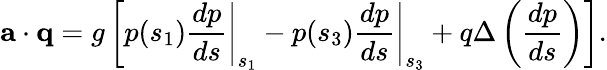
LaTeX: {\mathbf a}\cdot{\mathbf q}=g\left[p(s_{1})\left.\frac{dp}{ds}\right|_{s_{1}}-p(s_{3})\left.\frac{dp}{ds}\right|_{s_{3}}+q\Delta\left(\frac{dp}{ds}\right)\right].